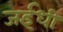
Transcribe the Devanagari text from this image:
जईधी